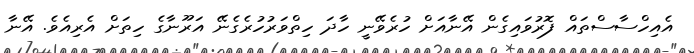
އެއިހްސާސްތައް ފޮރުވައިގެން އޭނާއަށް ހުރެވޭނީ ހާދަ ހިތްވަރުހުރެގެނޭ އަރޫނާގެ ހިތަށް އެރިއެވެ. އޭނާ